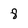
Character: 8